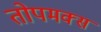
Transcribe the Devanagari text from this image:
तोपमक्स